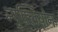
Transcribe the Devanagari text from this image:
न्युक्लियोन